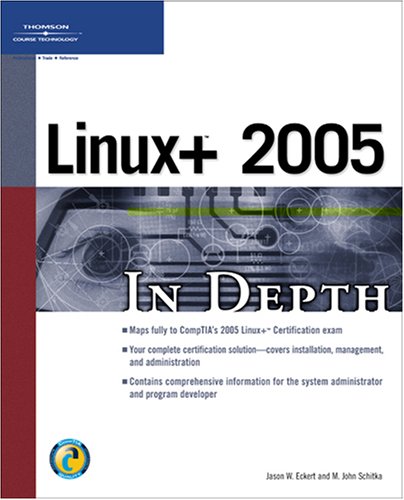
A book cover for Linux+ 2005 In Depth; Jason W. Eckert; Computers & Technology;